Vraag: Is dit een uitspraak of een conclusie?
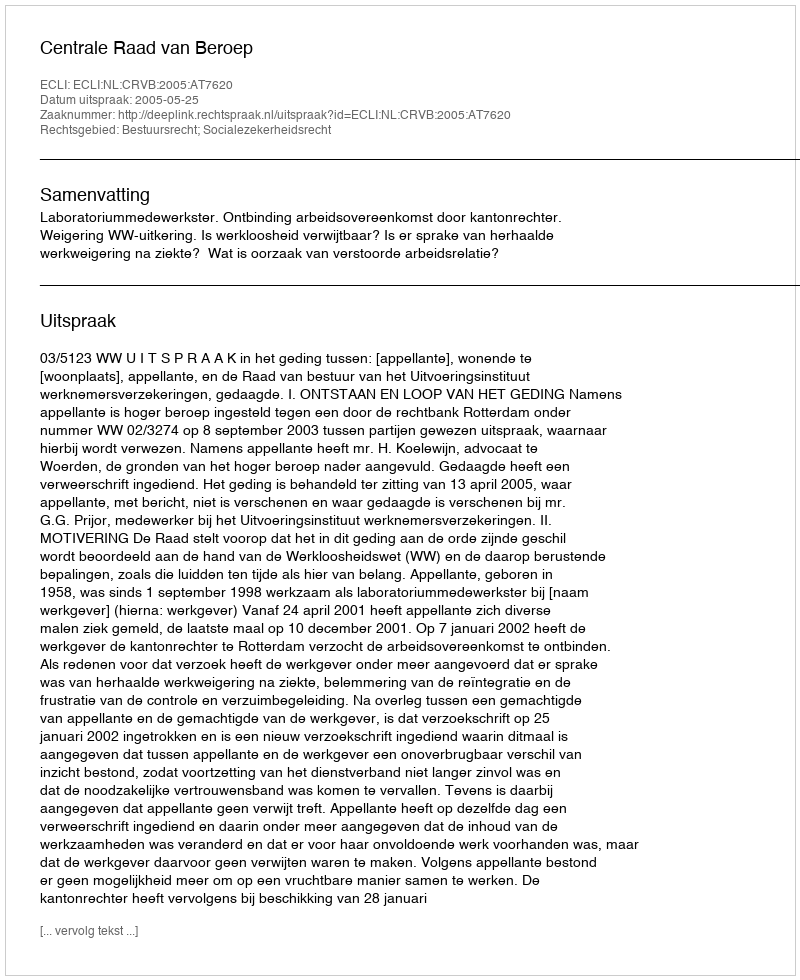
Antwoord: Uitspraak